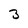
Character: 3